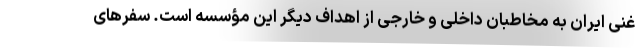
غنی ایران به مخاطبان داخلی و خارجی از اهداف دیگر این مؤسسه است. سفرهای